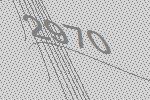
2970